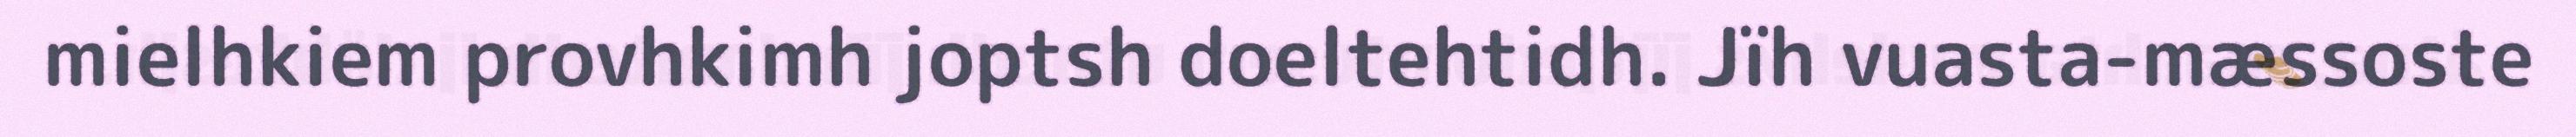
mielhkiem provhkimh joptsh doeltehtidh. Jïh vuasta-mæssoste